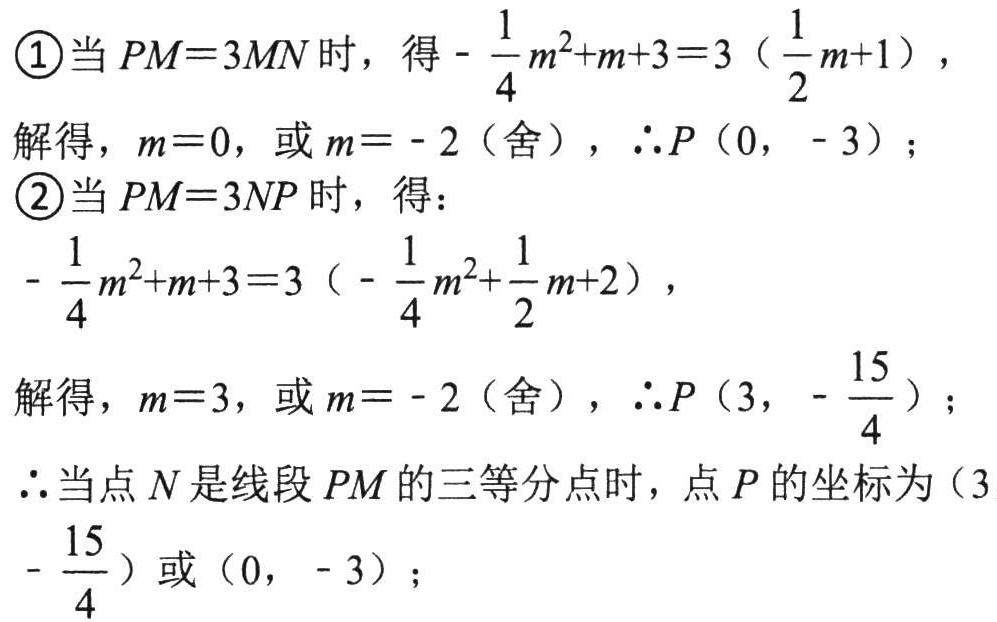
\textcircled{1}当 \(PM = 3MN\) 时，得\(-\frac{1}{4}m^{2}+m + 3=3\left(\frac{1}{2}m + 1\right)\)，
解得，\(m = 0\)，或 \(m=-2\)（舍），\(\therefore P(0,-3)\)；
\textcircled{2}当 \(PM = 3NP\) 时，得：
\(-\frac{1}{4}m^{2}+m + 3=3\left(-\frac{1}{4}m^{2}+\frac{1}{2}m + 2\right)\)，
解得，\(m = 3\)，或 \(m=-2\)（舍），\(\therefore P\left(3,-\frac{15}{4}\right)\)；
\(\therefore\)当点 \(N\) 是线段 \(PM\) 的三等分点时，点 \(P\) 的坐标为\(\left(3,-\frac{15}{4}\right)\)或\((0,-3)\)；